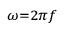
\scriptstyle { \omega = 2 \pi f }